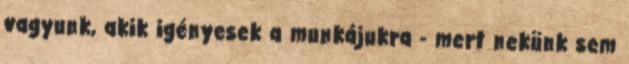
vagyunk, akik igényesek a munkájukra - mert nekünk sem